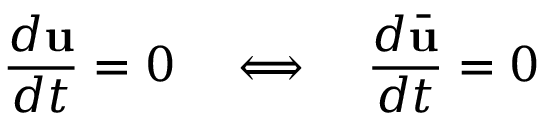
\frac { d \mathbf { u } } { d t } = 0 \quad \Longleftrightarrow \quad \frac { d \bar { \mathbf { u } } } { d t } = 0